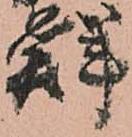
鮮